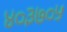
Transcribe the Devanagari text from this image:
४०३७०५